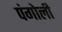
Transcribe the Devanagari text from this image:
पंगोली